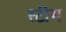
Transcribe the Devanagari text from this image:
स्‍टीम